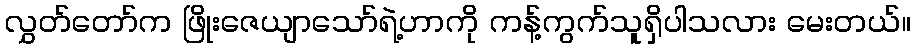
လွှတ်တော်က ဖြိုးဇေယျာသော်ရဲ့ဟာကို ကန့်ကွက်သူရှိပါသလား မေးတယ်။